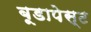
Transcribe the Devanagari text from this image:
बूडापेस्ट